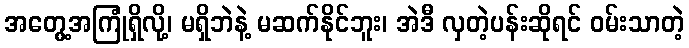
အတွေ့အကြုံရှိလို့၊ မရှိဘဲနဲ့ မဆက်နိုင်ဘူး၊ အဲဒီ လှတဲ့ပန်းဆိုရင် ဝမ်းသာတဲ့